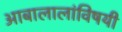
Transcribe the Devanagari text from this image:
आबालालांविषयी